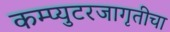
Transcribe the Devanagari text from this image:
कम्प्युटरजागृतीचा